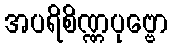
အပရိစိဏ္ဏပုဗ္ဗော